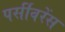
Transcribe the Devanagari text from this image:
पर्सीवरेंस